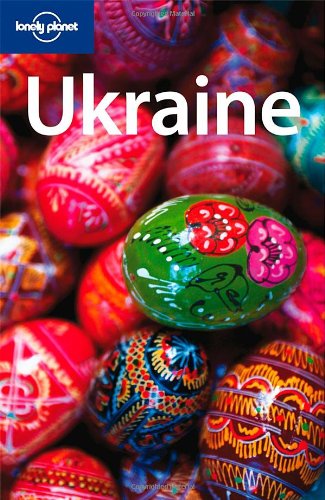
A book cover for Ukraine (Lonely Planet Country Guide); Sarah Johnstone; Travel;